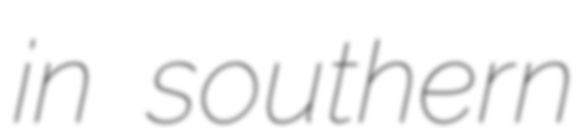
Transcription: in southern